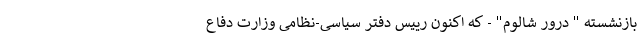
بازنشسته " درور شالوم" - که اکنون رییس دفتر سیاسی-نظامی وزارت دفاع